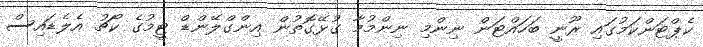
ކެޕްޓަންކަމުގައި ރޫނީ ބަހައްޓަން ނިންމި ނިންމުމާ ގުޅޭގޮތުން އިންގްލޭންޑް ޓީމުގެ ކޯޗު އެލެޑައިސް